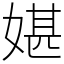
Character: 媅